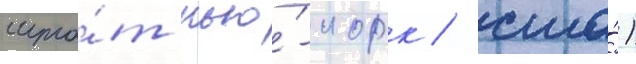
шта́т нью́-иорк / сша́)